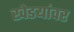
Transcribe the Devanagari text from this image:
खेडयांवर